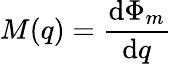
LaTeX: M(q)={\frac{\mathrm{d}\Phi_{m}}{\mathrm{d}q}}